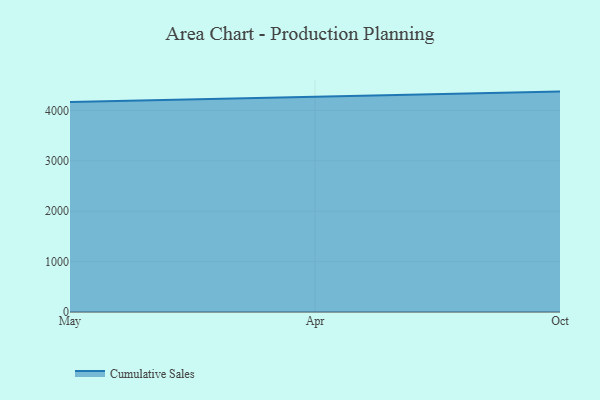
{"axis": {"x": "Month", "y": "Bounce Rate (%)"}, "legend": ["Cumulative Sales"], "data": [{"x": "May", "y": 4165.7, "type": "Cumulative Sales"}, {"x": "Apr", "y": 4271.0, "type": "Cumulative Sales"}, {"x": "Oct", "y": 4374.1, "type": "Cumulative Sales"}]}